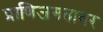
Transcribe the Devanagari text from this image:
प्राणिजगतावर